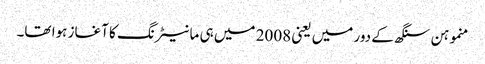
منموہن سنگھ کے دور میں یعنی 2008 میں ہی مانیٹرنگ کا آغاز ہوا تھا۔